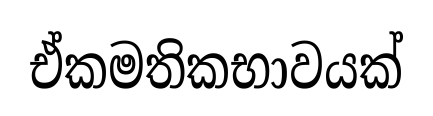
ඒකමතිකභාවයක්